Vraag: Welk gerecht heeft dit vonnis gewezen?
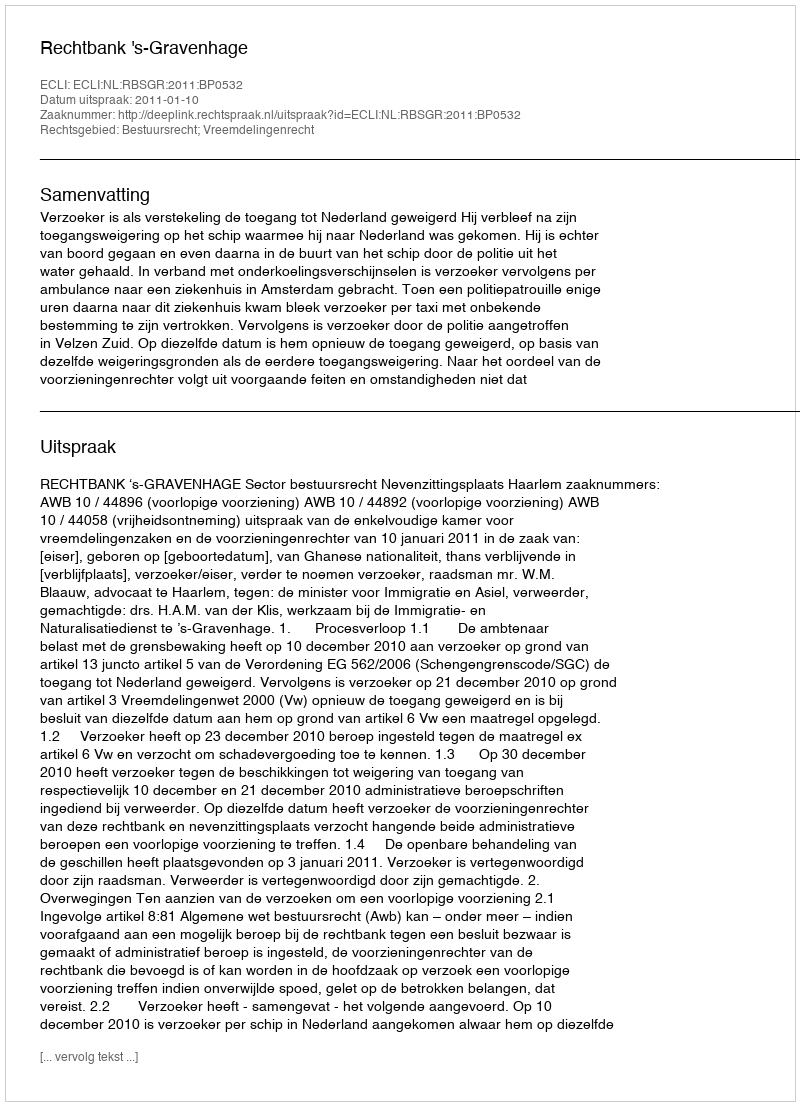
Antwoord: Rechtbank 's-Gravenhage